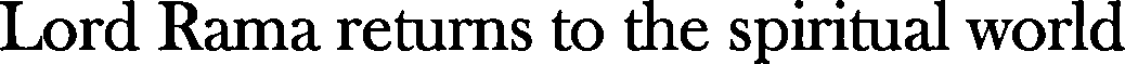
Lord Rama returns to the spiritual world